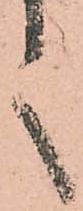
之